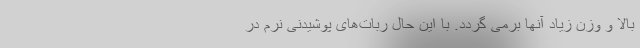
بالا و وزن زیاد آنها برمی گردد. با این حال ربات‌های پوشیدنی نرم در